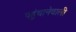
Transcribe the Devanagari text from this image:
पहुंचानेवाली